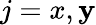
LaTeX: j=x,\mathbf{y}